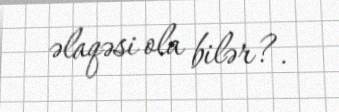
əlaqəsi ola bilər?.